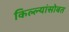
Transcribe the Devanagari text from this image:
किल्ल्यांसोबत